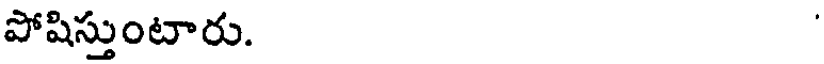
పోషిస్తుంటారు.